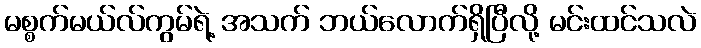
မစ္စက်မယ်လ်ကွမ်ရဲ့ အသက် ဘယ်လောက်ရှိပြီလို့ မင်းထင်သလဲ